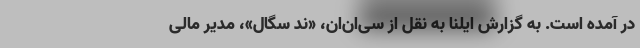
در آمده است. به گزارش ایلنا به نقل از سی‌ان‌ان، «ند سگال»، مدیر مالی